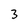
Character: 3